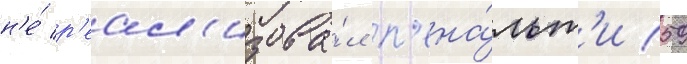
н'е́ р'еал'изова́л п'ена́льт'и (59